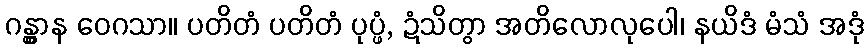
ဂန္တွာန ဝေဂသာ။ ပတိတံ ပတိတံ ပုပ္ဖံ, ဍံသိတွာ အတိလောလုပေါ၊ နယိဒံ မံသံ အဒုံ